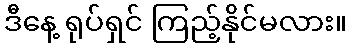
ဒီနေ့ ရုပ်ရှင် ကြည့်နိုင်မလား။